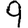
Digit: 9